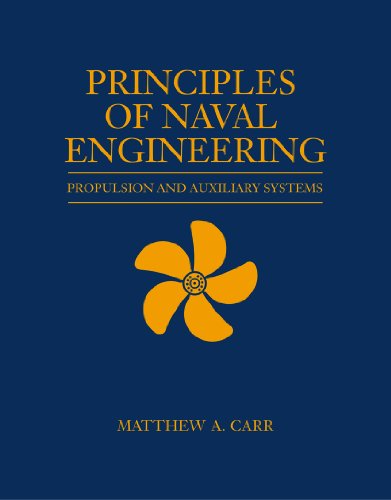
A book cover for Principles of Naval Engineering: Propulsion and Auxiliary Systems (Blue & Gold); Engineering & Transportation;